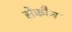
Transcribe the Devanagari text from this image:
सेकौन